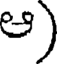
ఆ)